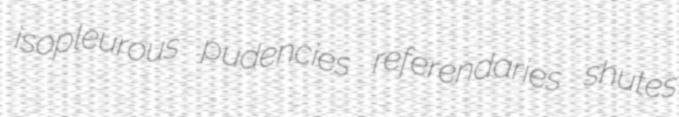
isopleurous pudencies referendaries shutes